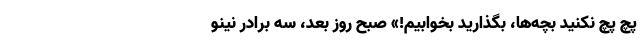
پچ پچ نکنید بچّه‌ها، بگذارید بخوابیم!» صبح روز بعد، سه برادر نینو